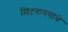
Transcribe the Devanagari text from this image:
मिटवावयाचें